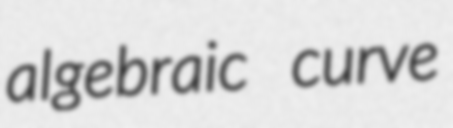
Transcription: algebraic curve